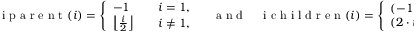
\mathrm { ~ i ~ p ~ a ~ r ~ e ~ n ~ t ~ } ( i ) = \left\{ \begin{array} { l l } { - 1 \quad } & { i = 1 , } \\ { \left\lfloor \frac { i } { 2 } \right\rfloor \quad } & { i \neq 1 , } \end{array} \right. \quad \mathrm { ~ a ~ n ~ d ~ } \quad \mathrm { ~ i ~ c ~ h ~ i ~ l ~ d ~ r ~ e ~ n ~ } ( i ) = \left\{ \begin{array} { l l } { ( - 1 , - 1 ) \quad } & { \mathrm { ~ i ~ f ~ l ~ e ~ a ~ f ~ n ~ o ~ d ~ e ~ } , } \\ { ( 2 \cdot i , 2 \cdot i + 1 ) \quad } & { \mathrm { ~ e ~ l ~ s ~ e ~ . ~ } } \end{array} \right.